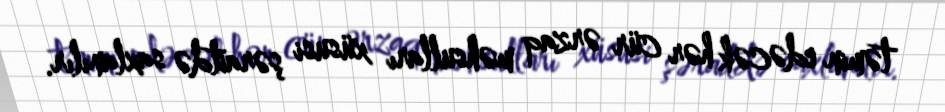
təmin edəcək hər cür ərzaq məhsulları xüsusi şəraitdə saxlanılır.